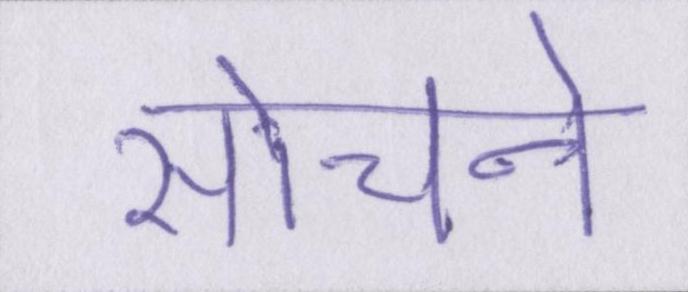
सोचने